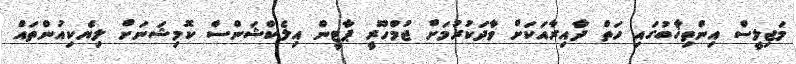
މަޖިލީސް އިންތިޚާބުގައި ހަތް ދާއިރާއަކަށް ވާދަކުރުމަށް ޖުމްހޫރީ ޕާޓީން އިލެކްޝަންސް ކޮމިޝަނަށް ލިޔެކިއުންތައް